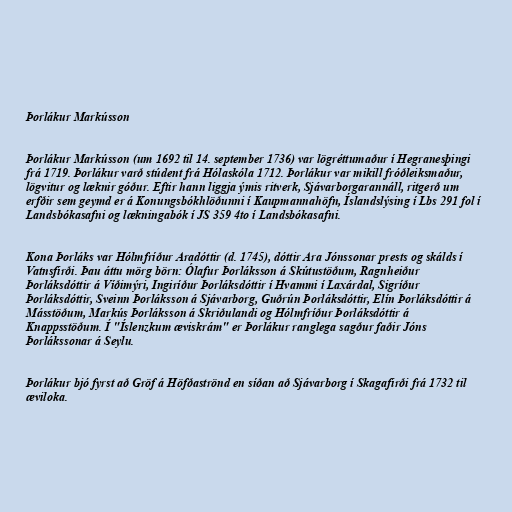
Þorlákur Markússon

Þorlákur Markússon (um 1692 til 14. september 1736) var lögréttumaður í Hegranesþingi
frá 1719. Þorlákur varð stúdent frá Hólaskóla 1712. Þorlákur var mikill fróðleiksmaður,
lögvitur og læknir góður. Eftir hann liggja ýmis ritverk, Sjávarborgarannáll, ritgerð um
erfðir sem geymd er á Konungsbókhlöðunni í Kaupmannahöfn, Íslandslýsing í Lbs 291 fol í
Landsbókasafni og lækningabók í JS 359 4to í Landsbókasafni.

Kona Þorláks var Hólmfríður Aradóttir (d. 1745), dóttir Ara Jónssonar prests og skálds í
Vatnsfirði. Þau áttu mörg börn: Ólafur Þorláksson á Skútustöðum, Ragnheiður
Þorláksdóttir á Víðimýri, Ingiríður Þorláksdóttir í Hvammi í Laxárdal, Sigríður
Þorláksdóttir, Sveinn Þorláksson á Sjávarborg, Guðrún Þorláksdóttir, Elín Þorláksdóttir á
Másstöðum, Markús Þorláksson á Skriðulandi og Hólmfríður Þorláksdóttir á
Knappsstöðum. Í "Íslenzkum æviskrám" er Þorlákur ranglega sagður faðir Jóns
Þorlákssonar á Seylu.

Þorlákur bjó fyrst að Gröf á Höfðaströnd en síðan að Sjávarborg í Skagafirði frá 1732 til
æviloka.